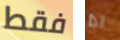
فقط اذا